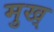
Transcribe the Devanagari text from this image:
मुख्